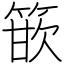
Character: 篏